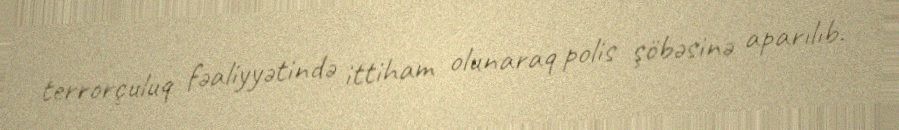
terrorçuluq fəaliyyətində ittiham olunaraq polis şöbəsinə aparılıb.